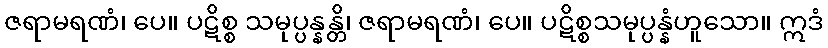
ဇရာမရဏံ၊ ပေ။ ပဋိစ္စ သမုပ္ပန္နန္တိ၊ ဇရာမရဏံ၊ ပေ။ ပဋိစ္စသမုပ္ပန္နံဟူသော။ ဣဒံ